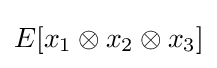
E[x_{1}\otimes x_{2}\otimes x_{3}]